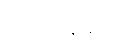
ဗီယက်နမ်၏